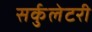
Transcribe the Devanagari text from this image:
सर्कुलेटरी